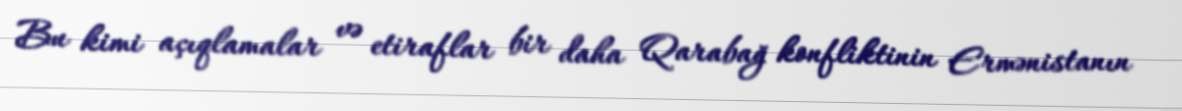
Bu kimi açıqlamalar və etiraflar bir daha Qarabağ konfliktinin Ermənistanın